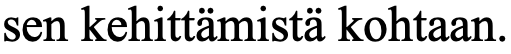
sen kehittämistä kohtaan.